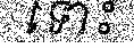
ទោះ